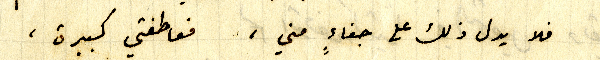
فلا يدل ذلك الى جفاءٍ مني، فعاطفتي كبيرة،